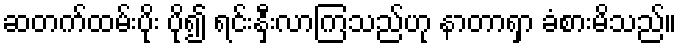
ဆတက်ထမ်းပိုး ပို၍ ရင်းနှီးလာကြသည်ဟု နာတာရှာ ခံစားမိသည်။